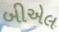
બીએલ